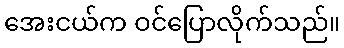
အေးငယ်က ဝင်ပြောလိုက်သည်။